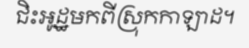
ជិះអូដ្ឋមកពីស្រុកកាឡាដ។